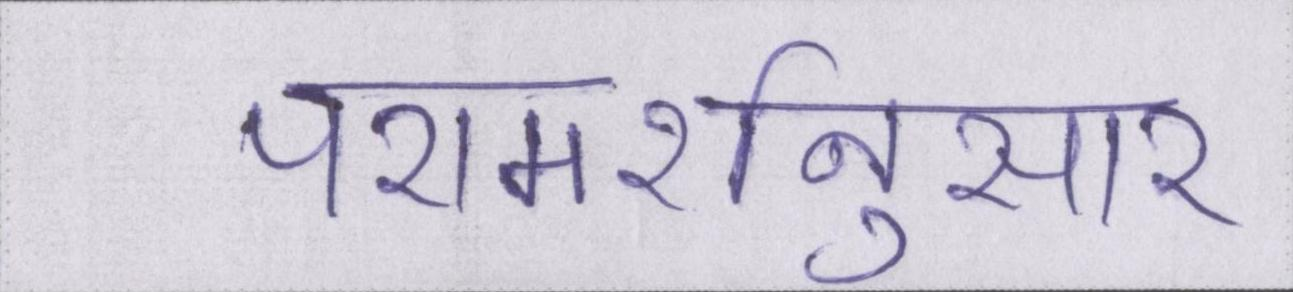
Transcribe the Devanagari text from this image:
परामर्शनुसार